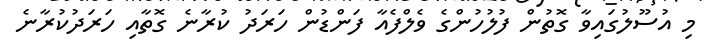
މި އުސޫލުގައިވާ ގޮތުން ފުލުހުންގެ ވެލްފެއާ ފަންޑުން ހަރަދު ކުރާނެ ގޮތާއި ހަރަދުކުރާނެ